Cholera in southern India
Disease focus: Cholera
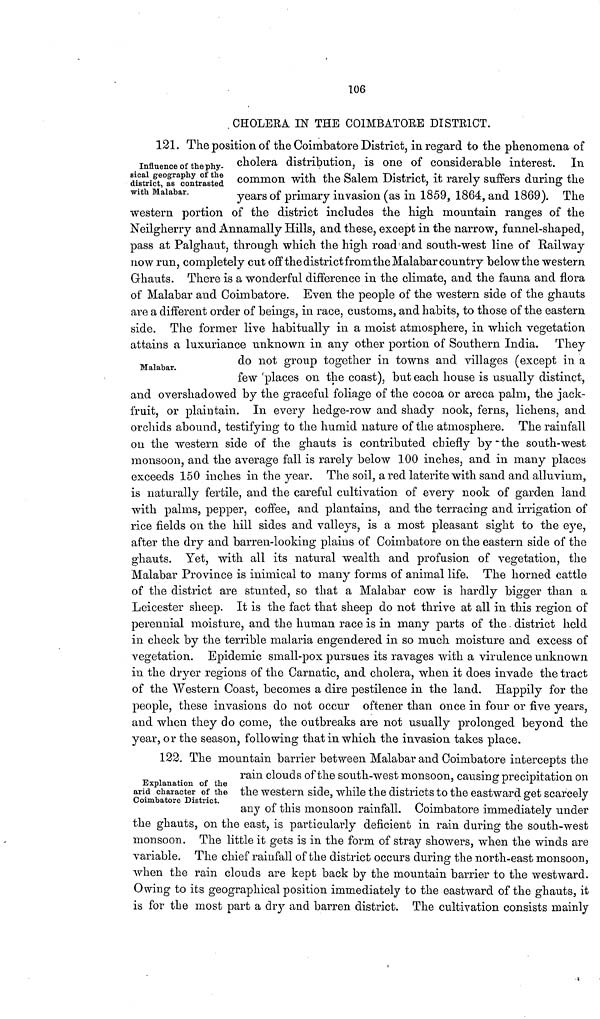
106
CHOLERA IN THE COIMBATORE DISTRICT.
Influence of the phy-
sical geography of the
district, as contrasted
with Malabar.
121. The position of the Coimbatore District, in regard to the phenomena of
cholera distribution, is one of considerable interest. In
common with the Salem District, it rarely suffers during the
years of primary invasion (as in 1859, 1864, and 1869). The
western portion of the district includes the high mountain ranges of the
Neilgherry and Annamally Hills, and these, except in the narrow, funnel-shaped,
pass at Palghaut, through which the high road and south-west line of Railway
now run, completely cut off the district from the Malabar country below the western
Ghauts. There is a wonderful difference in the climate, and the fauna and flora
of Malabar and Coimbatore. Even the people of the western side of the ghauts
are a different order of beings, in race, customs, and habits, to those of the eastern
side. The former live habitually in a moist atmosphere, in which vegetation
attains a luxuriance unknown in any other portion of Southern India. They
Malabar.
do not group together in towns and villages (except in a
few 'places on the coast), but each house is usually distinct,
and overshadowed by the graceful foliage of the cocoa or areca palm, the jack-
fruit, or plaintain. In every hedge-row and shady nook, ferns, lichens, and
orchids abound, testifying to the humid nature of the atmosphere. The rainfall
on the western side of the ghauts is contributed chiefly by the south-west
monsoon, and the average fall is rarely below 100 inches, and in many places
exceeds 150 inches in the year. The soil, a red laterite with sand and alluvium,
is naturally fertile, and the careful cultivation of every nook of garden land
with palms, pepper, coffee, and plantains, and the terracing and irrigation of
rice fields on the hill sides and valleys, is a most pleasant sight to the eye,
after the dry and barren-looking plains of Coimbatore on the eastern side of the
ghauts. Yet, with all its natural wealth and profusion of vegetation, the
Malabar Province is inimical to many forms of animal life. The horned cattle
of the district are stunted, so that a Malabar cow is hardly bigger than a
Leicester sheep. It is the fact that sheep do not thrive at all in this region of
perennial moisture, and the human race is in many parts of the district held
in check by the terrible malaria engendered in so much moisture and excess of
vegetation. Epidemic small-pox pursues its ravages with a virulence unknown
in the dryer regions of the Carnatic, and cholera, when it does invade the tract
of the Western Coast, becomes a dire pestilence in the land. Happily for the
people, these invasions do not occur oftener than once in four or five years,
and when they do come, the outbreaks are not usually prolonged beyond the
year, or the season, following that in which the invasion takes place.
Explanation of the
arid character of the
Coimbatore District.
122. The mountain barrier between Malabar and Coimbatore intercepts the
rain clouds of the south-west monsoon, causing precipitation on
the western side, while the districts to the eastward get scarcely
any of this monsoon rainfall. Coimbatore immediately under
the ghauts, on the east, is particularly deficient in rain during the south-west
monsoon. The little it gets is in the form of stray showers, when the winds are
variable. The chief rainfall of the district occurs during the north-east monsoon,
when the rain clouds are kept back by the mountain barrier to the westward.
Owing to its geographical position immediately to the eastward of the ghauts, it
is for the most part a dry and barren district. The cultivation consists mainly